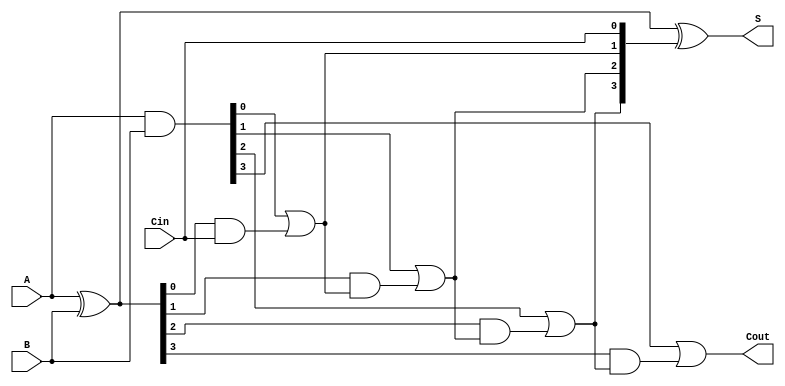
module CLA_4bit (
    input [3:0] A,      // 4-bit input A
    input [3:0] B,      // 4-bit input B
    input Cin,          // Carry-in
    output [3:0] S,     // 4-bit sum output
    output Cout         // Carry-out
);

    wire [3:0] G;       // Generate signals
    wire [3:0] P;       // Propagate signals
    wire [4:0] C;       // Carry signals (C[0] = Cin)

    // Generate and Propagate calculations
    assign G = A & B;          // Generate: Gi = Ai AND Bi
    assign P = A ^ B;          // Propagate: Pi = Ai XOR Bi

    // Carry calculations
    assign C[0] = Cin;         // Carry-in
    assign C[1] = G[0] | (P[0] & C[0]); // C1 = G0 + P0 * Cin
    assign C[2] = G[1] | (P[1] & C[1]); // C2 = G1 + P1 * C1
    assign C[3] = G[2] | (P[2] & C[2]); // C3 = G2 + P2 * C2
    assign C[4] = G[3] | (P[3] & C[3]); // C4 = G3 + P3 * C3

    // Sum calculations
    assign S = P ^ C[3:0]; // Si = Ai XOR Bi XOR Ci

    // Final carry-out
    assign Cout = C[4]; // Final carry-out

endmodule